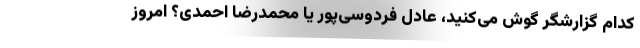
کدام گزارشگر گوش می‌کنید، عادل فردوسی‌پور یا محمدرضا احمدی؟ امروز